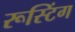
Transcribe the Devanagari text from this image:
रूस्टिंग